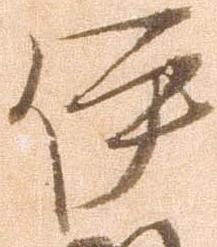
伊